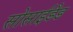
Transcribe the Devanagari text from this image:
सोसाईडैड